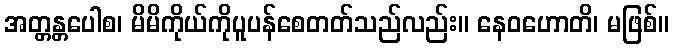
အတ္တန္တပေါစ၊ မိမိကိုယ်ကိုပူပန်စေတတ်သည်လည်း။ နေဝဟောတိ၊ မဖြစ်။